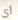
أي